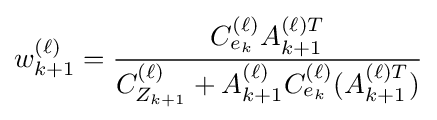
w_{k+1}^{(\ell )}={\frac {C_{e_{k}}^{(\ell )}A_{k+1}^{(\ell )T}}{C_{Z_{k+1}}^{(\ell )}+A_{k+1}^{(\ell )}C_{e_{k}}^{(\ell )}(A_{k+1}^{(\ell )T})}}